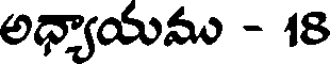
అధ్యాయము - 18